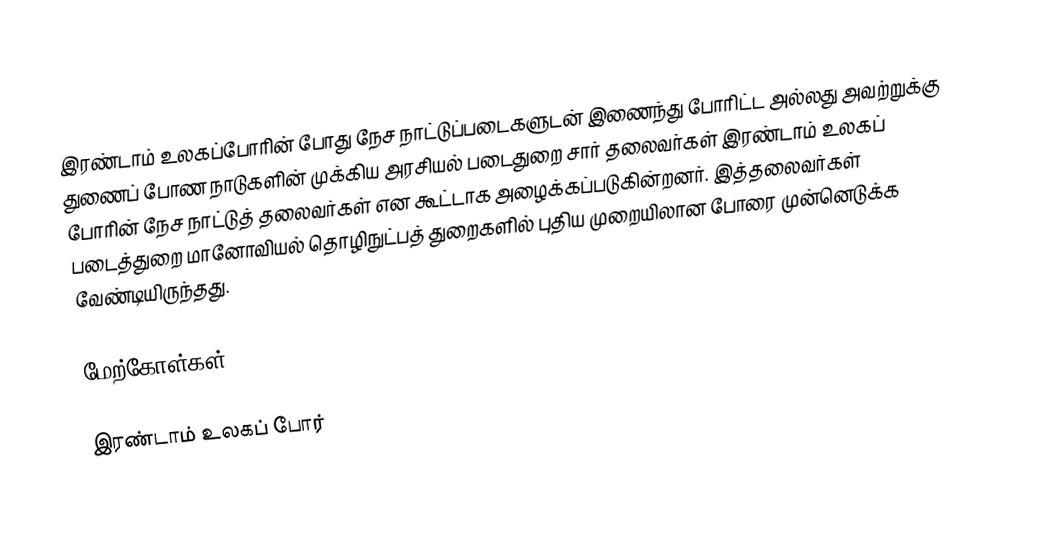
இரண்டாம் உலகப்போரின் போது நேச நாட்டுப்படைகளுடன் இணைந்து போரிட்ட அல்லது அவற்றுக்கு துணைப் போண நாடுகளின் முக்கிய அரசியல் படைதுறை சார் தலைவர்கள்  இரண்டாம் உலகப் போரின் நேச நாட்டுத் தலைவர்கள் என கூட்டாக அழைக்கப்படுகின்றனர். இத்தலைவர்கள் படைத்துறை மானோவியல் தொழிநுட்பத் துறைகளில் புதிய முறையிலான போரை முன்னெடுக்க வேண்டியிருந்தது.

மேற்கோள்கள்

இரண்டாம் உலகப் போர்